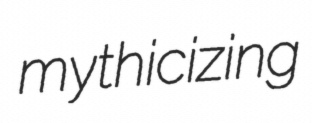
mythicizing